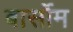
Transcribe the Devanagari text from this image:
बार्सोम